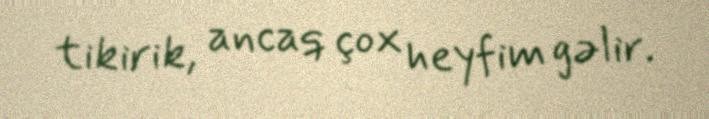
tikirik, ancaq çox heyfim gəlir.